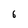
Character: 6